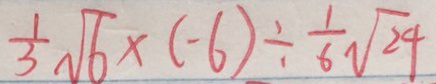
\frac { 1 } { 3 } \sqrt { 6 } \times ( - 6 ) \div \frac { 1 } { 6 } \sqrt { 2 4 }